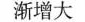
渐增大